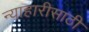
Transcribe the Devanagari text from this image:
न्याहारीसाठी